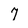
Character: 7